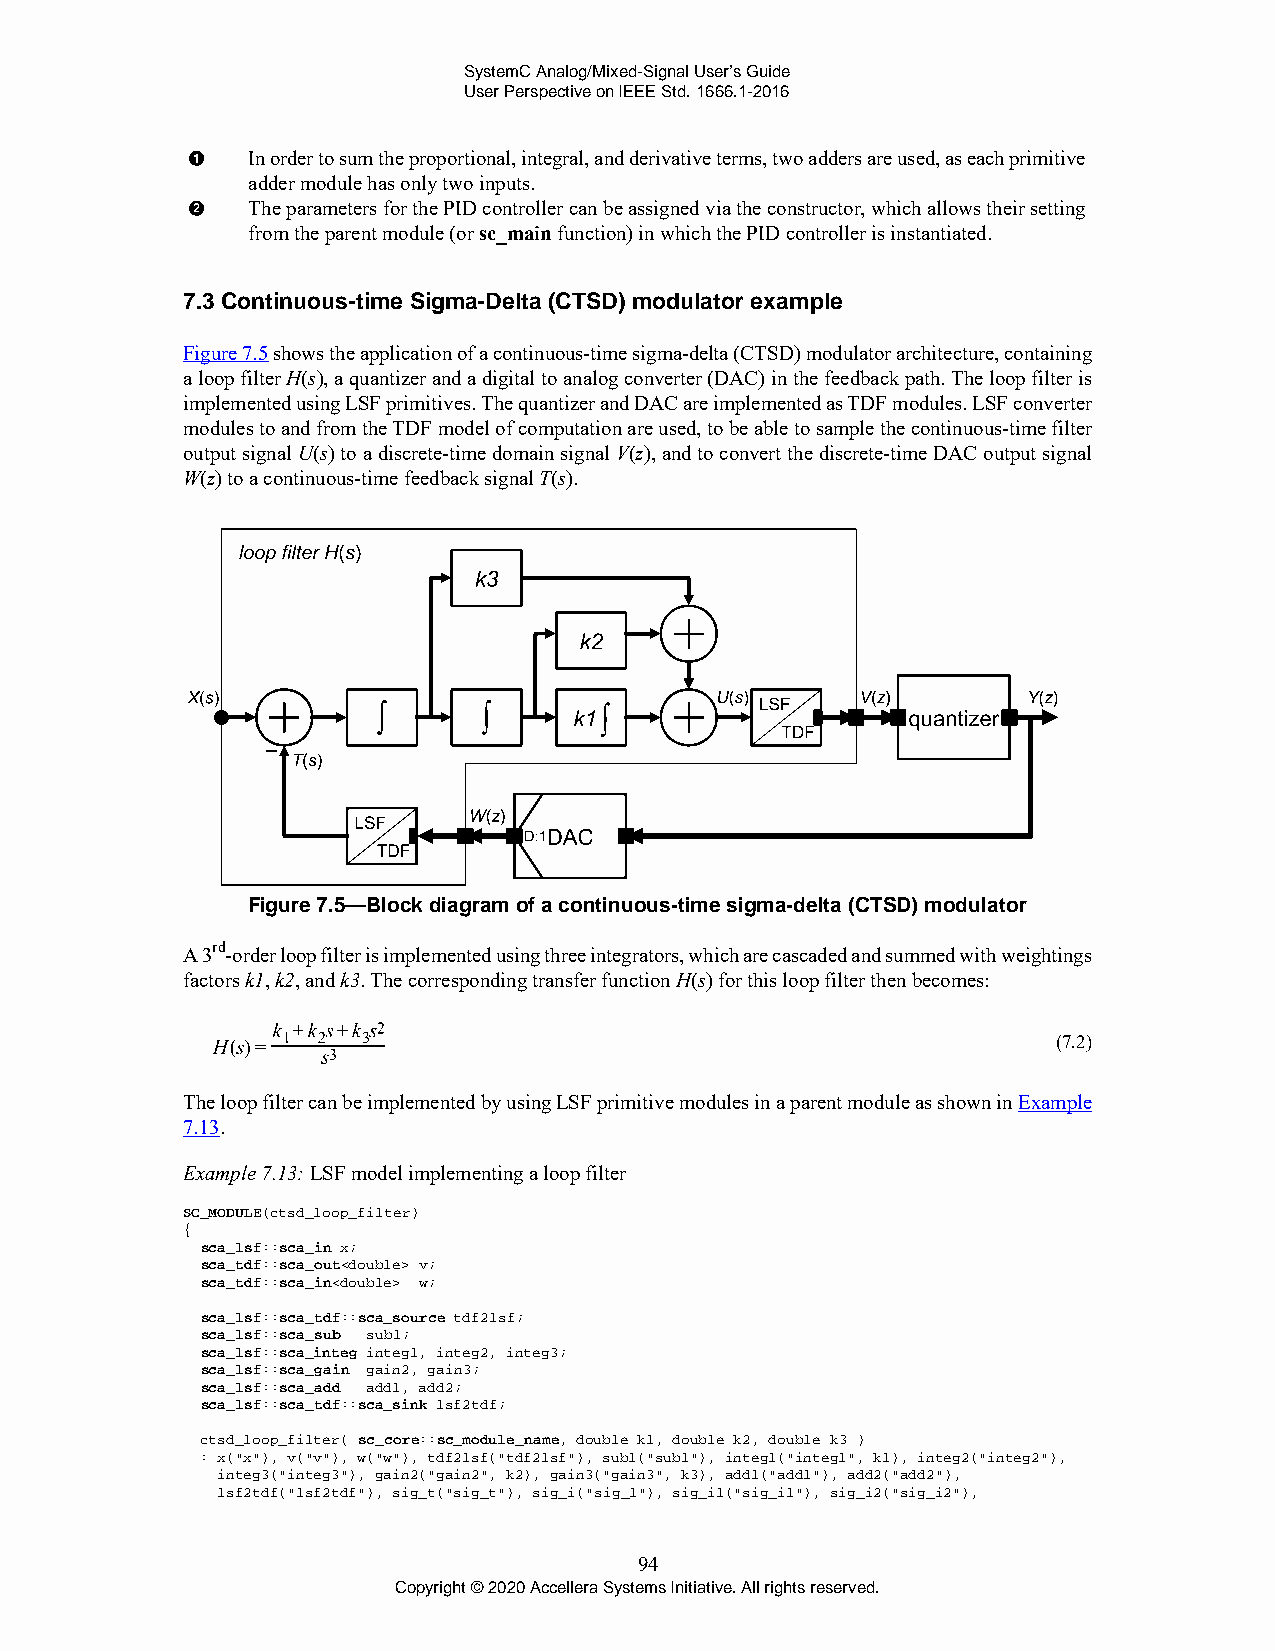
SystemC Analog/Mixed-Signal User’s Guide
 User Perspective on IEEE Std. 1666.1-2016
 In order to sum the proportional, integral, and derivative terms, two adders are used, as each primitive
 adder module has only two inputs.
 The parameters for the PID controller can be assigned via the constructor, which allows their setting
 from the parent module (or sc_main function) in which the PID controller is instantiated.
 7.3 Continuous-time Sigma-Delta (CTSD) modulator example
 Figure 7.5 shows the application of a continuous-time sigma-delta (CTSD) modulator architecture, containing
 a loop filter H(s), a quantizer and a digital to analog converter (DAC) in the feedback path. The loop filter is
 implemented using LSF primitives. The quantizer and DAC are implemented as TDF modules. LSF converter
 modules to and from the TDF model of computation are used, to be able to sample the continuous-time filter
 output signal U(s) to a discrete-time domain signal V(z), and to convert the discrete-time DAC output signal
 W(z) to a continuous-time feedback signal T(s).
 Figure 7.5—Block diagram of a continuous-time sigma-delta (CTSD) modulator
 A 3rd-order loop filter is implemented using three integrators, which are cascaded and summed with weightings
 factors k1, k2, and k3. The corresponding transfer function H(s) for this loop filter then becomes:
 (7.2)
 The loop filter can be implemented by using LSF primitive modules in a parent module as shown in Example
 7.13.
 Example 7.13: LSF model implementing a loop filter
 SC_MODULE(ctsd_loop_filter)
 {
 sca_lsf::sca_in x;
 sca_tdf::sca_out<double> v;
 sca_tdf::sca_in<double> w;
 sca_lsf::sca_tdf::sca_source tdf2lsf;
 sca_lsf::sca_sub sub1;
 sca_lsf::sca_integ integ1, integ2, integ3;
 sca_lsf::sca_gain gain2, gain3;
 sca_lsf::sca_add add1, add2;
 sca_lsf::sca_tdf::sca_sink lsf2tdf;
 ctsd_loop_filter( sc_core::sc_module_name, double k1, double k2, double k3 )
 : x("x"), v("v"), w("w"), tdf2lsf("tdf2lsf"), sub1("sub1"), integ1("integ1", k1), integ2("integ2"),
 integ3("integ3"), gain2("gain2", k2), gain3("gain3", k3), add1("add1"), add2("add2"),
 lsf2tdf("lsf2tdf"), sig_t("sig_t"), sig_i("sig_1"), sig_i1("sig_i1"), sig_i2("sig_i2"),
 94
 Copyright © 2020 Accellera Systems Initiative. All rights reserved.